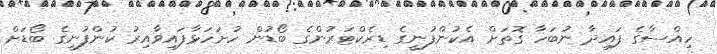
ހިއްސާގެ ފައިދާ ނުބަހާ ގޮތަށް އެކުންފުނީގެ ޑިރެކްޓަރުންގެ ބޯޑުން ހުށަހަޅާފައިވާއިރު ކުންފުނީގެ ބޯޑަށް